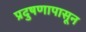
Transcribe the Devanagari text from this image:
प्रदुषणापासून